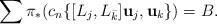
LaTeX: \begin{align*} \sum \pi_*(c_n\{[ L_j, L_{\bar k}]\textbf u_j, \textbf u_k\})=B.\end{align*}